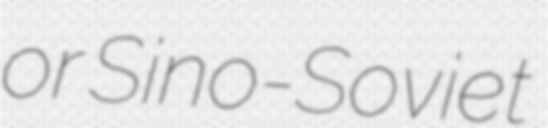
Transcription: or Sino-Soviet